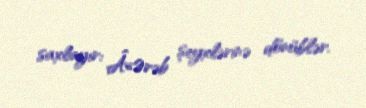
saxlayır: Â«Ərəb şeyxlərinə dönüblər.